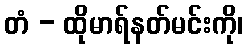
တံ - ထိုမာရ်နတ်မင်းကို၊